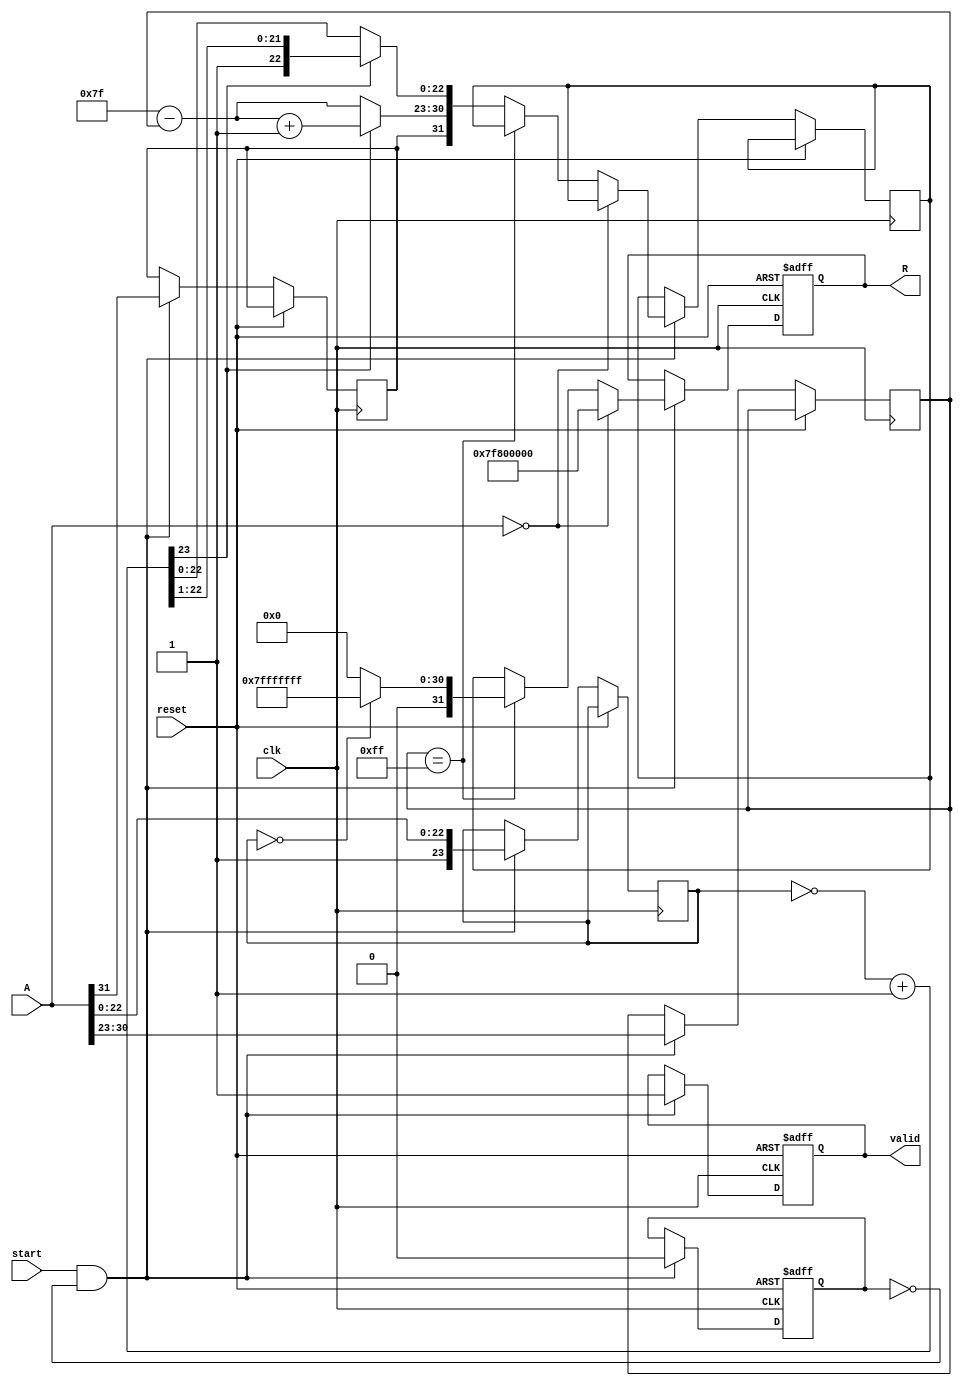
module floating_point_reciprocal (
    input wire clk,
    input wire reset,
    input wire start,
    input wire [31:0] A, // Input floating-point number (single precision)
    output reg [31:0] R, // Output floating-point reciprocal
    output reg valid // Output valid signal
);

    // Internal signals
    reg [7:0] exponent;
    reg [23:0] significand;
    reg sign;
    reg [7:0] reciprocal_exponent;
    reg [23:0] inverted_significand;
    reg [31:0] result;
    reg computing;

    // Special constants
    parameter EXPONENT_BIAS = 8'd127;
    parameter MAX_EXPONENT = 8'd255;
    
    // State machine to handle computation
    always @(posedge clk or posedge reset) begin
        if (reset) begin
            R <= 32'b0;
            valid <= 1'b0;
            computing <= 1'b0;
        end else if (start && !computing) begin
            computing <= 1'b1;
            valid <= 1'b0;

            // Parsing input A
            sign <= A[31];
            exponent <= A[30:23];
            significand <= {1'b1, A[22:0]}; // Normalize significand

            // Handle special cases
            if (A == 32'b0) begin
                R <= 32'h7F800000; // Infinity
            end else if (exponent == MAX_EXPONENT) begin
                if (significand == 24'b0) begin
                    R <= 32'h7FFFFFFF; // NaN
                end else begin
                    R <= 32'b0; // Reciprocal of infinity
                end
            end else begin
                // Calculate reciprocal exponent
                reciprocal_exponent = EXPONENT_BIAS - exponent;

                // Invert significand (simple approximation for example)
                inverted_significand = ~significand + 1;

                // Normalize the inverted significand (this is a simplified example)
                // In a full implementation, use Newton-Raphson or similar method
                if (inverted_significand[23]) begin
                    inverted_significand = inverted_significand >> 1;
                    reciprocal_exponent = reciprocal_exponent + 1;
                end

                // Combine results
                result <= {sign, reciprocal_exponent[7:0], inverted_significand[22:0]};
                R <= result;
            end
            
            valid <= 1'b1; // Output is valid after computation
            computing <= 1'b0; // Reset computing flag
        end
    end

endmodule